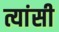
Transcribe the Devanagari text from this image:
त्यांसी